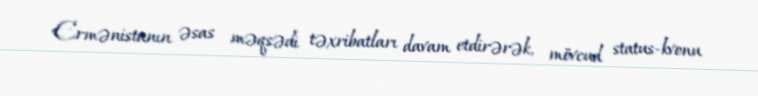
Ermənistanın əsas məqsədi təxribatları davam etdirərək, mövcud status-kvonu